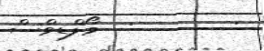
:       :  މޯލްޑިވްސް